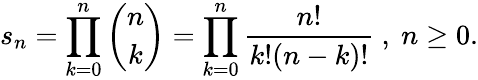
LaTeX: s_{n}=\prod_{k=0}^{n}{\binom{n}{k}}=\prod_{k=0}^{n}{\frac{n!}{k!(n-k)!}}~,~n\geq 0.